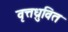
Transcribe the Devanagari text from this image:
वृत्तध्रुवित